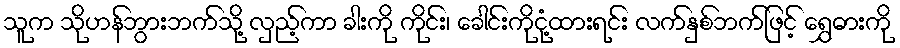
သူက သိုဟန်ဘွားဘက်သို့ လှည့်ကာ ခါးကို ကိုင်း၊ ခေါင်းကိုငုံ့ထားရင်း လက်နှစ်ဘက်ဖြင့် ရွှေဓားကို